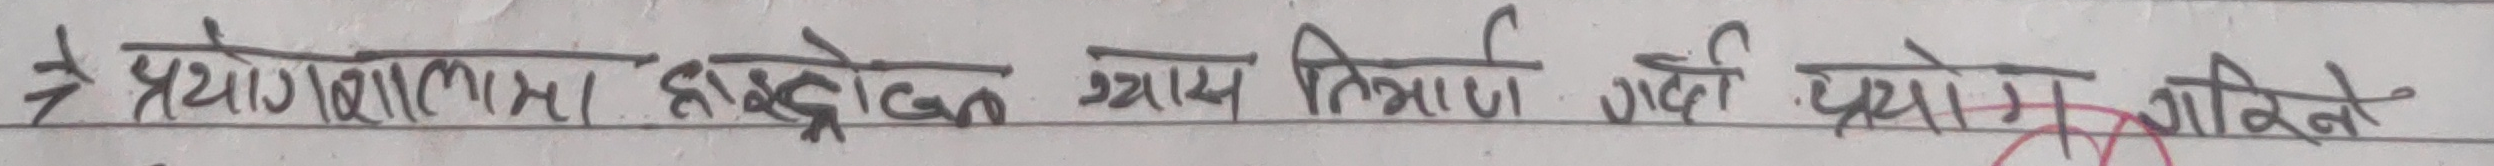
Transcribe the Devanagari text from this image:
प्रयोगाशालामा हाईड्रोजन ग्यास निर्माण गरिने प्रयोग गरिने